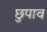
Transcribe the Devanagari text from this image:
छुपाव